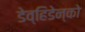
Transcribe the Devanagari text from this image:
डेव्हिडेन्को